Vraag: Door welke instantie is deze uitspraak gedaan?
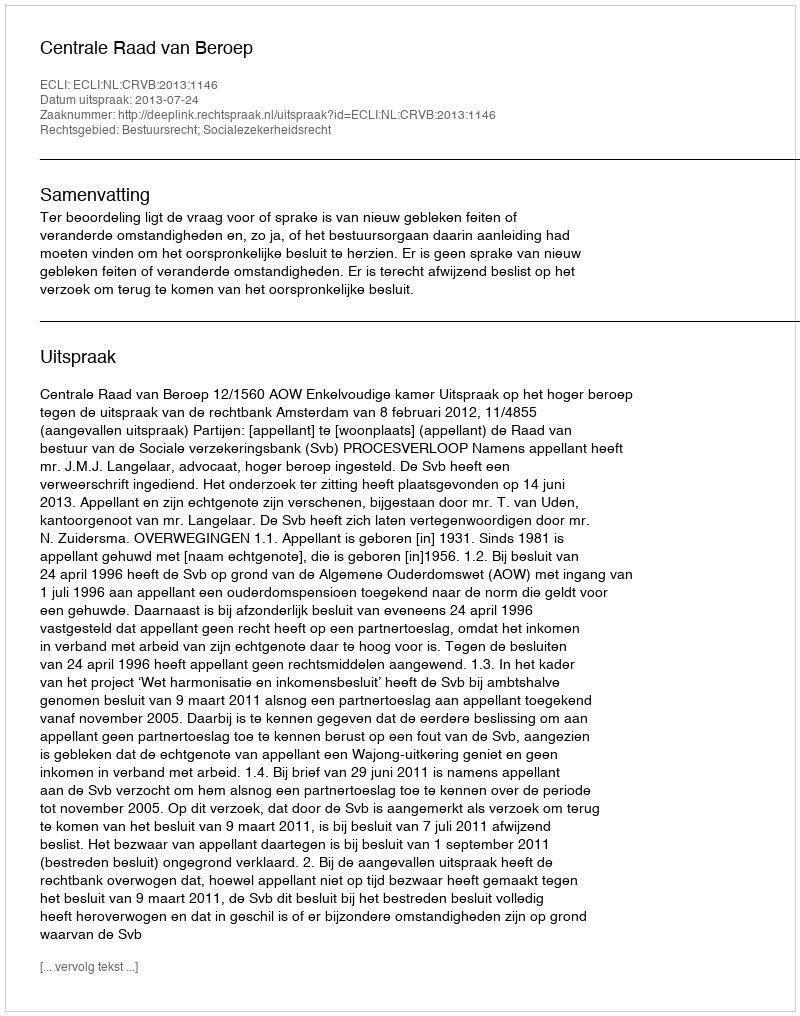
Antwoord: Centrale Raad van Beroep